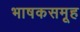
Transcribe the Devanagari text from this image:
भाषकसमूह